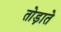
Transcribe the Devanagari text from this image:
तोड़ाते